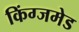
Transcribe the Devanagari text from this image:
किंग्जमेड